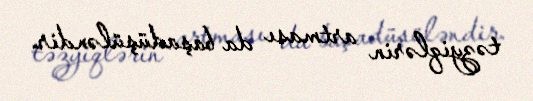
təzyiqlərin artması da başadüşüləndir.